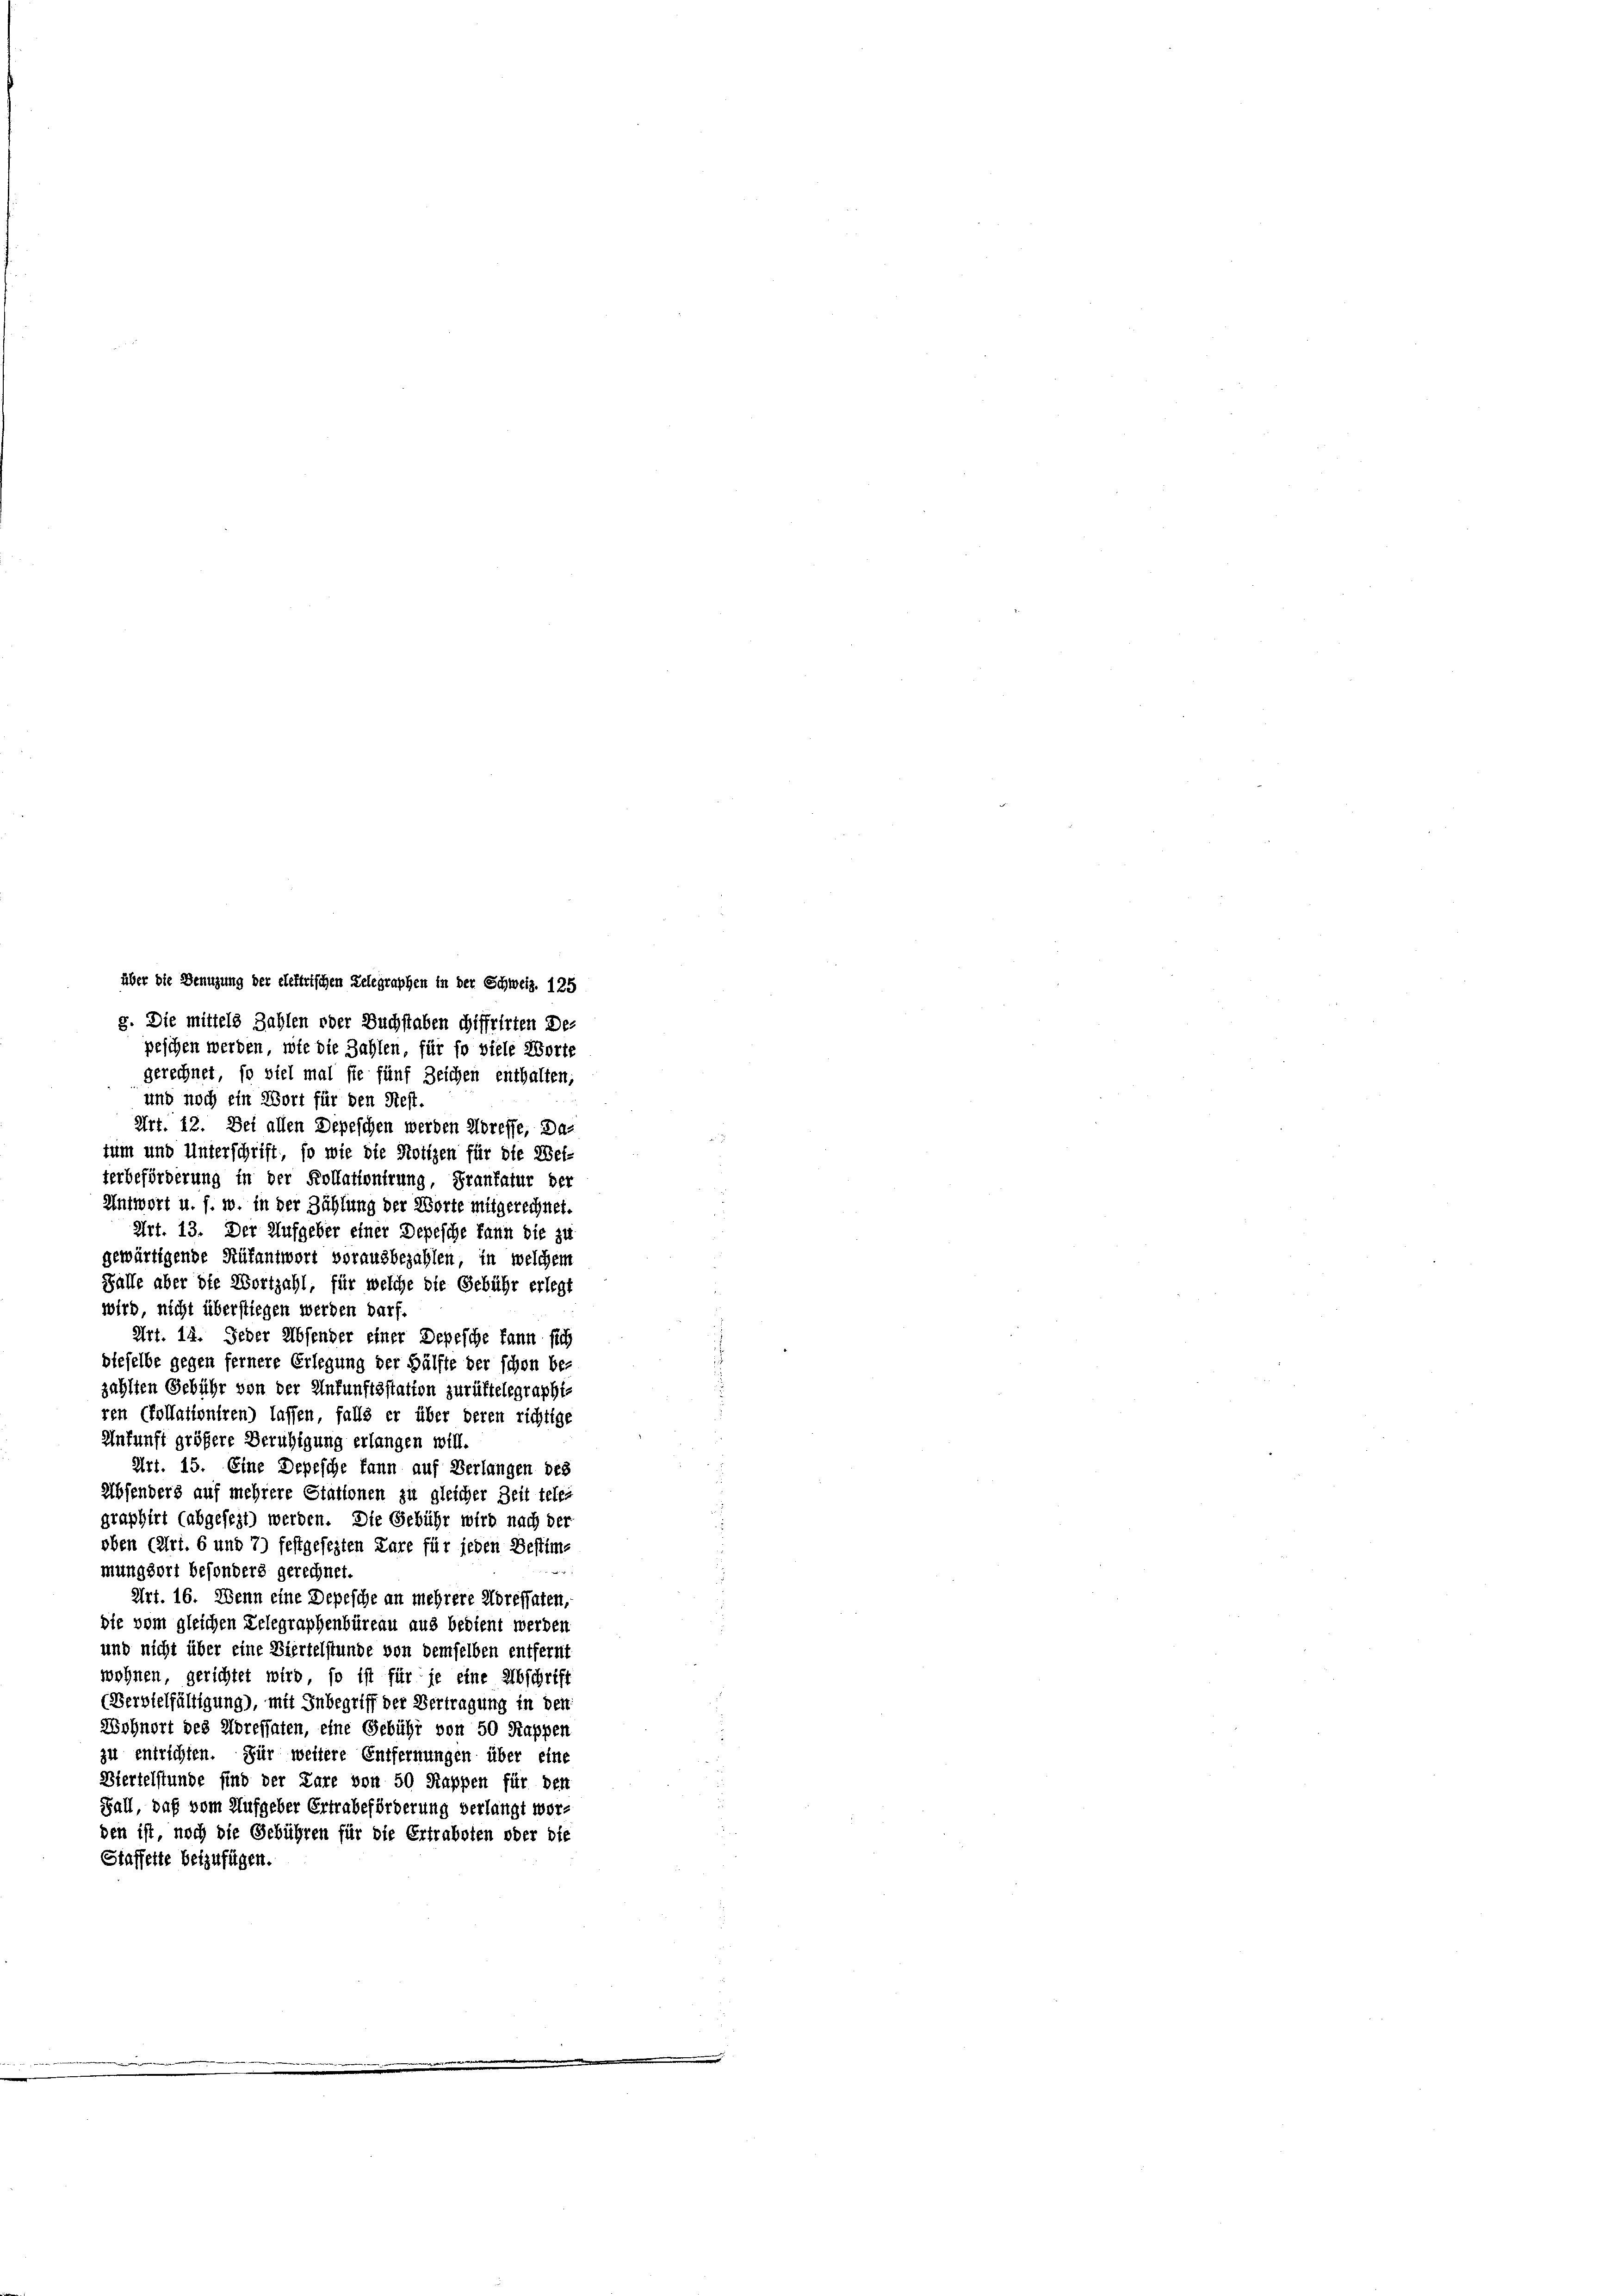
über die Benuzung der elektrischen Telegraphen in der Schweiz. 125
g. Die mittels Zahlen oder Buchstaben chiffrirten Depeschen werden, wie die Zahlen, für so viele Worte
gerechnet, so viel mal sie fünf Zeichen enthalten;
und noch ein Wort für den Rest.
Art. 12. Dei allen Depeschen werden Koreffe. Da-
tum und Unterschrift, so wie die Notizen für die Wei-
terbeförderung in der Kollationirung, Frantatur der
Antwort u. s. w. in der Zählung der Worte mitgerechnet.
Art. 13. Der Aufgeber einer Depesche kann die zu
gewärtigende Rüfantwort vorausbezahlen, in welchem
Falle aber die Wortzahl, für welche die Gebühr erlegt
wird nicht überstiegen werden darf.
Art. 14. Jeder Absender einer Depesche kann sich
dieselbe gegen fernere Erlegung der Hälfte der schon be-
zählten Gebühr von der Ankunftsstatten zurüktelegraphiren Collationiren) lassen, falls er über deren richtige
Ankunft größere Beruhigung erlangen will.
Art. 15. Eine Depesche kann auf Verlangen des
Absenders auf mehrere Stationen zu gleicher Zeit teler
graphirt (abgesezt) werden. Die Gebühr wird nach der
oben (Art. 6 und 7) festgesezten Lare für jeden Bestime
e
mungsort besonders gerechnet.
Art. 16. Wenn eine Depesche an mehrere Korefhaten,
die vom gleichen Lelegraphenbüreau aus bedient werden
und nicht über eine Viertelstunde von demselben entfernt
wohnen gerichtet wird, so ist für je eine Abschrift
(Bersielfältigung), mit Inbegriff der Vertragung in den
Wohnort des Adressaten, eine Gebühr von 50 Rappen
zu entrichten. Für weitere Entfernungen über eine
Biertelstunde sind der Pare von 50 Rappen für den
Fall, daß vom Aufgeber Ertrabeförderung verlangt worden ist, noch die Gebühren für die Ertraboten oder die
Staffette beizufügen.